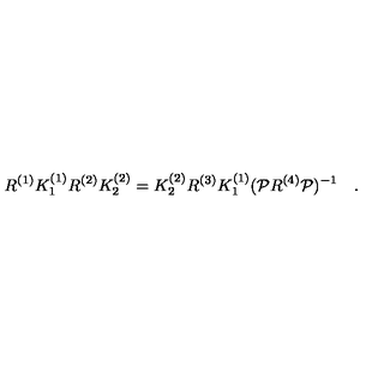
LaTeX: R ^ { ( 1 ) } K _ { 1 } ^ { ( 1 ) } R ^ { ( 2 ) } K _ { 2 } ^ { ( 2 ) } = K _ { 2 } ^ { ( 2 ) } R ^ { ( 3 ) } K _ { 1 } ^ { ( 1 ) } ( { \cal P } R ^ { ( 4 ) } { \cal P } ) ^ { - 1 } \quad .